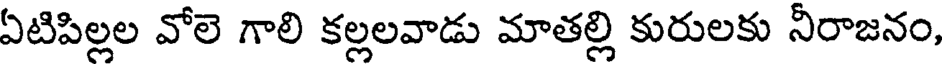
ఏటిపిల్లల వోలె గాలి కల్లలవాడు మాతల్లి కురులకు నీరాజనం,